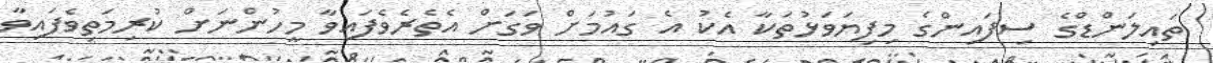
ތައިލަންޑްގެ ސިފައިންގެ މިފިޔަވަޅުތަކާ އެކު އެ ގައުމަށް ވަގަށް އެތެރެވެފައިވާ މީހުންނަށް ކުރިމަތިވެފައިވާ